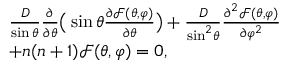
\begin{array} { r l } & { \frac { D } { { \sin \theta } } \frac { \partial } { { \partial \theta } } \big ( \sin \theta \frac { { \partial \mathcal { F } ( \theta , \varphi ) } } { { \partial \theta } } \big ) + \frac { D } { { { { \sin } ^ { 2 } } \theta } } \frac { { { \partial ^ { 2 } } \mathcal { F } ( \theta , \varphi ) } } { { \partial { \varphi ^ { 2 } } } } } \\ & { + { n ( n + 1 ) } \mathcal { F } ( \theta , \varphi ) = 0 , } \end{array}